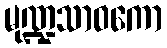
မုဏ္ဍသာဝကော